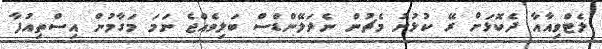
ލެޓްވިއާއާ ދެކޮޅަށް ރޭ ކުޅުނު މެޗުން ނެދަލޭންޑްސް ބަލިވެއްޖެ ނަމަ މަގާމުން އިސްތިއުފާ